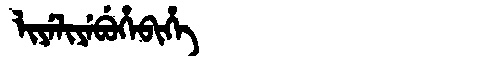
Manchu: ᠯᡳᠶᡝᠯᡳᠶᡝᠪᡠᡥᡝᠪᡳᡥᡝ
Romanization: LIYELIYEBUHEBIHE